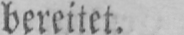
bereitet.